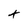
Character: t